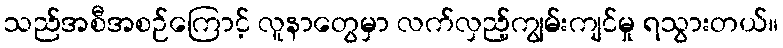
သည်အစီအစဉ်ကြောင့် လူနာတွေမှာ လက်လှည့်ကျွမ်းကျင်မှု ရသွားတယ်။